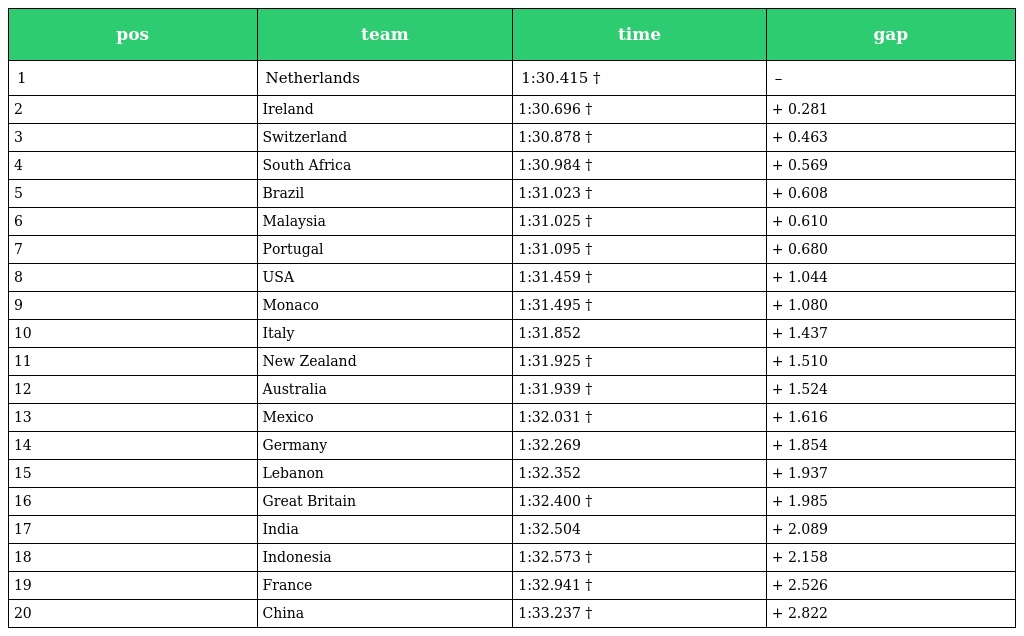
| pos | team | time | gap |
 | --- | --- | --- | --- |
 | 1 | Netherlands | 1:30.415 † | – |
 | 2 | Ireland | 1:30.696 † | + 0.281 |
 | 3 | Switzerland | 1:30.878 † | + 0.463 |
 | 4 | South Africa | 1:30.984 † | + 0.569 |
 | 5 | Brazil | 1:31.023 † | + 0.608 |
 | 6 | Malaysia | 1:31.025 † | + 0.610 |
 | 7 | Portugal | 1:31.095 † | + 0.680 |
 | 8 | USA | 1:31.459 † | + 1.044 |
 | 9 | Monaco | 1:31.495 † | + 1.080 |
 | 10 | Italy | 1:31.852 | + 1.437 |
 | 11 | New Zealand | 1:31.925 † | + 1.510 |
 | 12 | Australia | 1:31.939 † | + 1.524 |
 | 13 | Mexico | 1:32.031 † | + 1.616 |
 | 14 | Germany | 1:32.269 | + 1.854 |
 | 15 | Lebanon | 1:32.352 | + 1.937 |
 | 16 | Great Britain | 1:32.400 † | + 1.985 |
 | 17 | India | 1:32.504 | + 2.089 |
 | 18 | Indonesia | 1:32.573 † | + 2.158 |
 | 19 | France | 1:32.941 † | + 2.526 |
 | 20 | China | 1:33.237 † | + 2.822 |